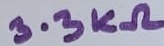
Text: 3.3KΩ